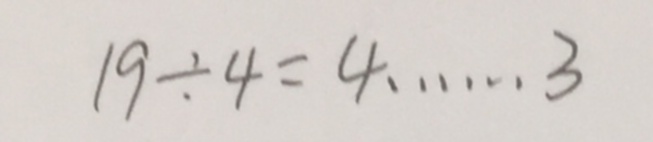
1 9 \div 4 = 4 \cdots 3